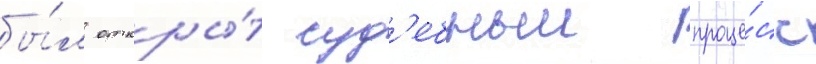
бы́л откры́т суд'ебныи проце́сс